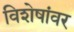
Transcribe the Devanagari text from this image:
विशेषांवर